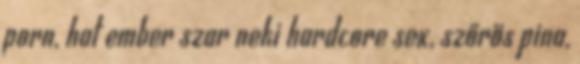
porn, hat ember szar neki hardcore sex, szőrös pina,